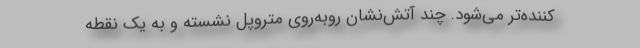
‌کننده‌تر می‌شود. چند آتش‌نشان روبه‌روی متروپل نشسته و به یک نقطه